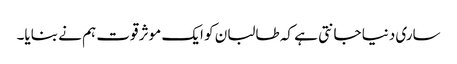
ساری دنیا جانتی ہے کہ طالبان کو ایک موثر قوت ہم نے بنایا۔